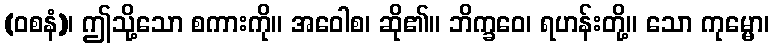
(ဝစနံ)၊ ဤသို့သော စကားကို။ အဝေါစ၊ ဆို၏။ ဘိက္ခဝေ၊ ရဟန်းတို့။ သော ကုမ္မော၊